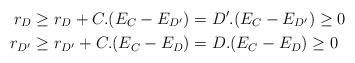
LaTeX: \begin{align*}r_D & \geq r_D+C.(E_C-E_{D'}) = D'.(E_C-E_{D'})\geq0 \\r_{D'} &\geq r_{D'}+C.(E_C-E_{D}) = D.(E_C-E_D)\geq0\end{align*}